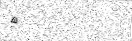
٩